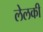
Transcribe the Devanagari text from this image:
लेलकी